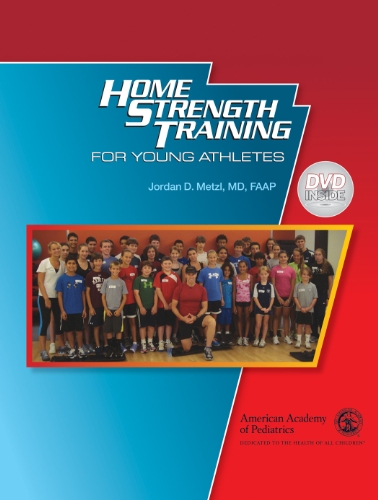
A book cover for Home Strength Training for Young Athletes; Jordan D. Metzl MD  FAAP; Health, Fitness & Dieting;